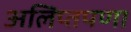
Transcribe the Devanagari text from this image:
अलिप्तपणा